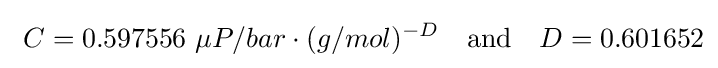
\ C=0.597556\ \mu P/bar\cdot (g/mol)^{-D}\quad {\text{and}}\quad D=0.601652